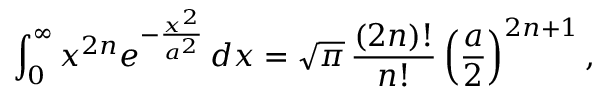
\int _ { 0 } ^ { \infty } x ^ { 2 n } e ^ { - { \frac { x ^ { 2 } } { a ^ { 2 } } } } \, d x = { \sqrt { \pi } } \, { \frac { ( 2 n ) ! } { n ! } } \left( { \frac { a } { 2 } } \right) ^ { 2 n + 1 } ,